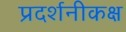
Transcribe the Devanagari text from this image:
प्रदर्शनीकक्ष